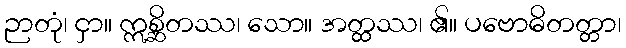
ဉာတုံ၊ ငှာ။ ဣစ္ဆိတဿ၊ သော။ အတ္ထဿ၊ ၏။ ပဗောဓိတတ္တာ၊